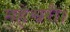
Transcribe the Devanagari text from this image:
महेश्वरी।